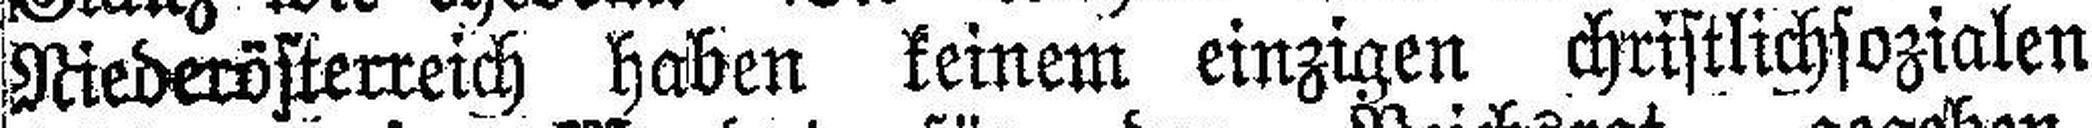
Niederösterreich haben keinem einzigen christlichsozialen